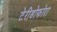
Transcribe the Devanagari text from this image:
टेरीडोफोरा